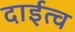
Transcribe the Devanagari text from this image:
दाईत्व